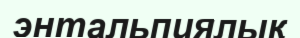
энтальпиялық